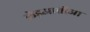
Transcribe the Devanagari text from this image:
लेइआतौआ